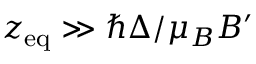
z _ { \mathrm { e q } } \gg \hbar \Delta / \mu _ { B } B ^ { \prime }